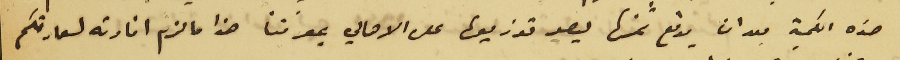
هذه الكمية بعد ان يدفع ثمنها ليصير توزيعها على الاهالي بمعرفتنا هذا ما لزم افادته لسعادتكم